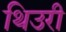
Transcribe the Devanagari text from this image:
थिउरी